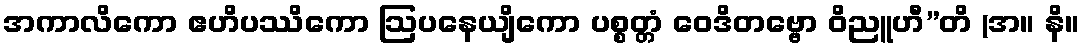
အကာလိကော ဧဟိပဿိကော ဩပနေယျိကော ပစ္စတ္တံ ဝေဒိတဗ္ဗော ဝိညူဟီ”တိ (အ။ နိ။